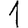
Digit: 1